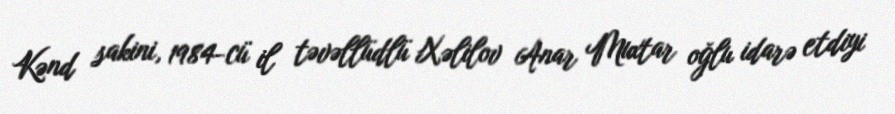
Kənd sakini, 1984-cü il təvəllüdlü Xəlilov Anar Muxtar oğlu idarə etdiyi